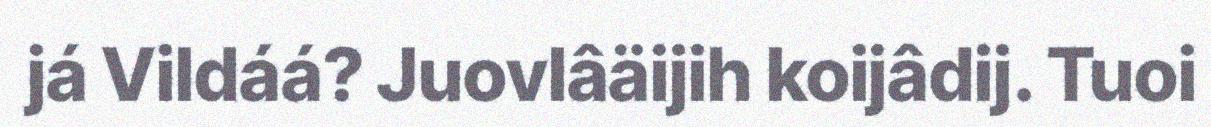
já Vildáá? Juovlâäijih koijâdij. Tuoi